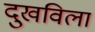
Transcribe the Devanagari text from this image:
दुखविला